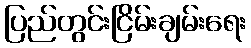
ပြည်တွင်းငြိမ်းချမ်းရေး